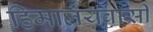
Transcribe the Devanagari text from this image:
हिमालयवासी